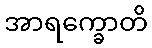
အာရက္ခောတိ